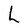
Character: L